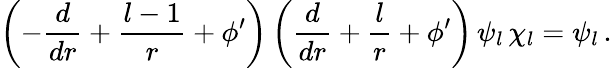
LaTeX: \left(-\frac{d}{dr}+\frac{l-1}{r}+\phi^{\prime}\right)\left(\frac{d}{dr}+\frac{l}{r}+\phi^{\prime}\right)\, \psi_{l}\, \chi_{l}=\psi_{l}\, .